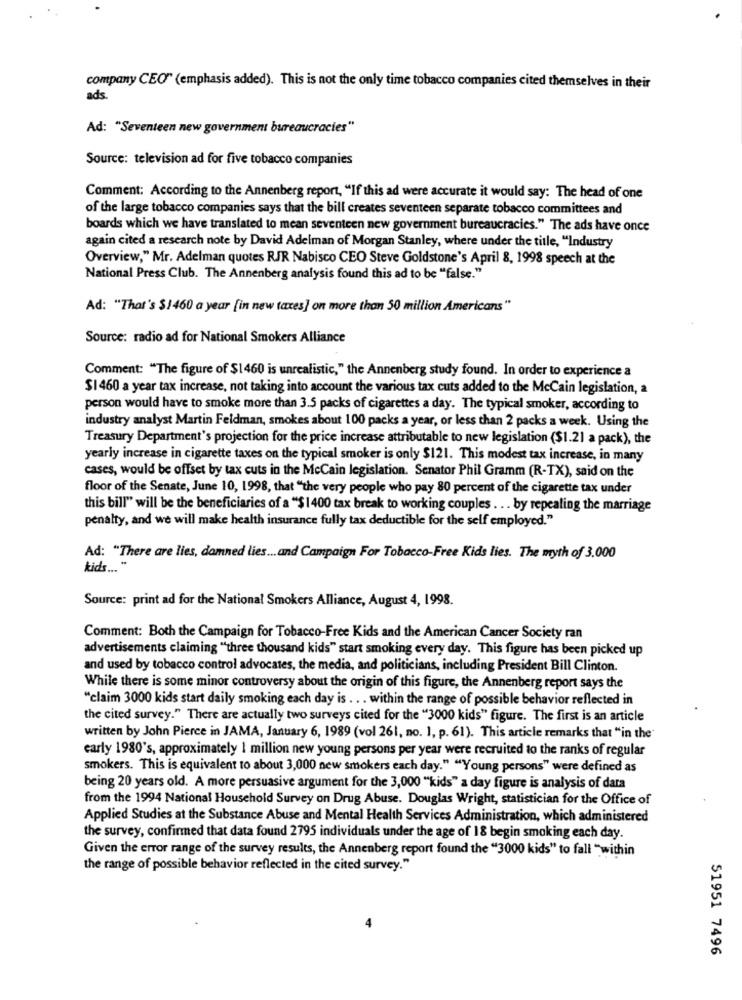
company CEO" (emphasis added). This is not the only time tobacco companies cited themselves in their
ads
Ad: "Seventeen new government bureaucracies"
Source: television ad for five tobacco companies
Comment: According to the Annenberg report, "If this ad were accurate it would say: The head of one
of the large tobacco companies says that the bill creates seventeen separate tobacco committees and
boards which we have translated to mean seventeen new government bureaucracies." The ads have once
again cited a research note by David Adelman of Morgan Stanley, where under the title, "Industry
Overview," Mr. Adelman quotes RJR Nabisco CEO Steve Goldstone's April 8, 1998 speech at the
National Press Club. The Annenberg analysis found this ad to be "false."
Ad: "That's $1460 a year [in new taxes] on more than 50 million Americans"
Source: radio ad for National Smokers Alliance
Comment: "The figure of $1460 is unrealistic," the Annenberg study found. In order to experience a
$1 460 a year tax increase, not taking into account the various tax cuts added to the McCain legislation, a
person would have to smoke more than 3.5 packs of cigarettes a day. The typical smoker, according to
industry analyst Martin Feldman, smokes about 100 packs a year, or less than 2 packs a week. Using the
Treasury Department's projection for the price increase attributable to new legislation ($1.21 a pack), the
yearly increase in cigarette taxes on the typical smoker is only $121. This modest tax increase, in many
cases, would be offset by tax cuts in the McCain legislation. Senator Phil Gramm (R-TX), said on the
floor of the Senate, June 10, 1998, that "the very people who pay 80 percent of the cigarette tax under
this bill" will be the beneficiaries of a "$1400 tax break to working couples . .. by repealing the marriage
penalty, and we will make health insurance fully tax deductible for the self employed."
Ad: "There are lies, damned lies ... and Campaign For Tobacco-Free Kids lies. The myth of 3.000
kids ... "
Source: print ad for the National Smokers Alliance, August 4, 1998.
Comment: Both the Campaign for Tobacco-Free Kids and the American Cancer Society ran
advertisements claiming "three thousand kids" start smoking every day. This figure has been picked up
and used by tobacco control advocates, the media, and politicians, including President Bill Clinton.
While there is some minor controversy about the origin of this figure, the Annenberg report says the
"claim 3000 kids start daily smoking each day is . . . within the range of possible behavior reflected in
the cited survey." There are actually two surveys cited for the "3000 kids" figure. The first is an article
written by John Pierce in JAMA, January 6, 1989 (vol 261, no. 1, p. 61). This article remarks that "in the"
early 1980's, approximately 1 million new young persons per year were recruited to the ranks of regular
smokers. This is equivalent to about 3,000 new smokers each day." "Young persons" were defined as
being 20 years old. A more persuasive argument for the 3,000 "kids" a day figure is analysis of data
from the 1994 National Household Survey on Drug Abuse. Douglas Wright, statistician for the Office of
Applied Studies at the Substance Abuse and Mental Health Services Administration, which administered
the survey, confirmed that data found 2795 individuals under the age of 18 begin smoking each day.
Given the error range of the survey results, the Annenberg report found the "3000 kids" to fall "within
the range of possible behavior reflected in the cited survey."
51951 7496